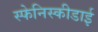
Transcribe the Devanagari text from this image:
स्फेनिस्कीडाई